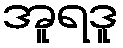
အူရဒူ